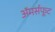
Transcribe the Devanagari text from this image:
अॅमर्सफूट